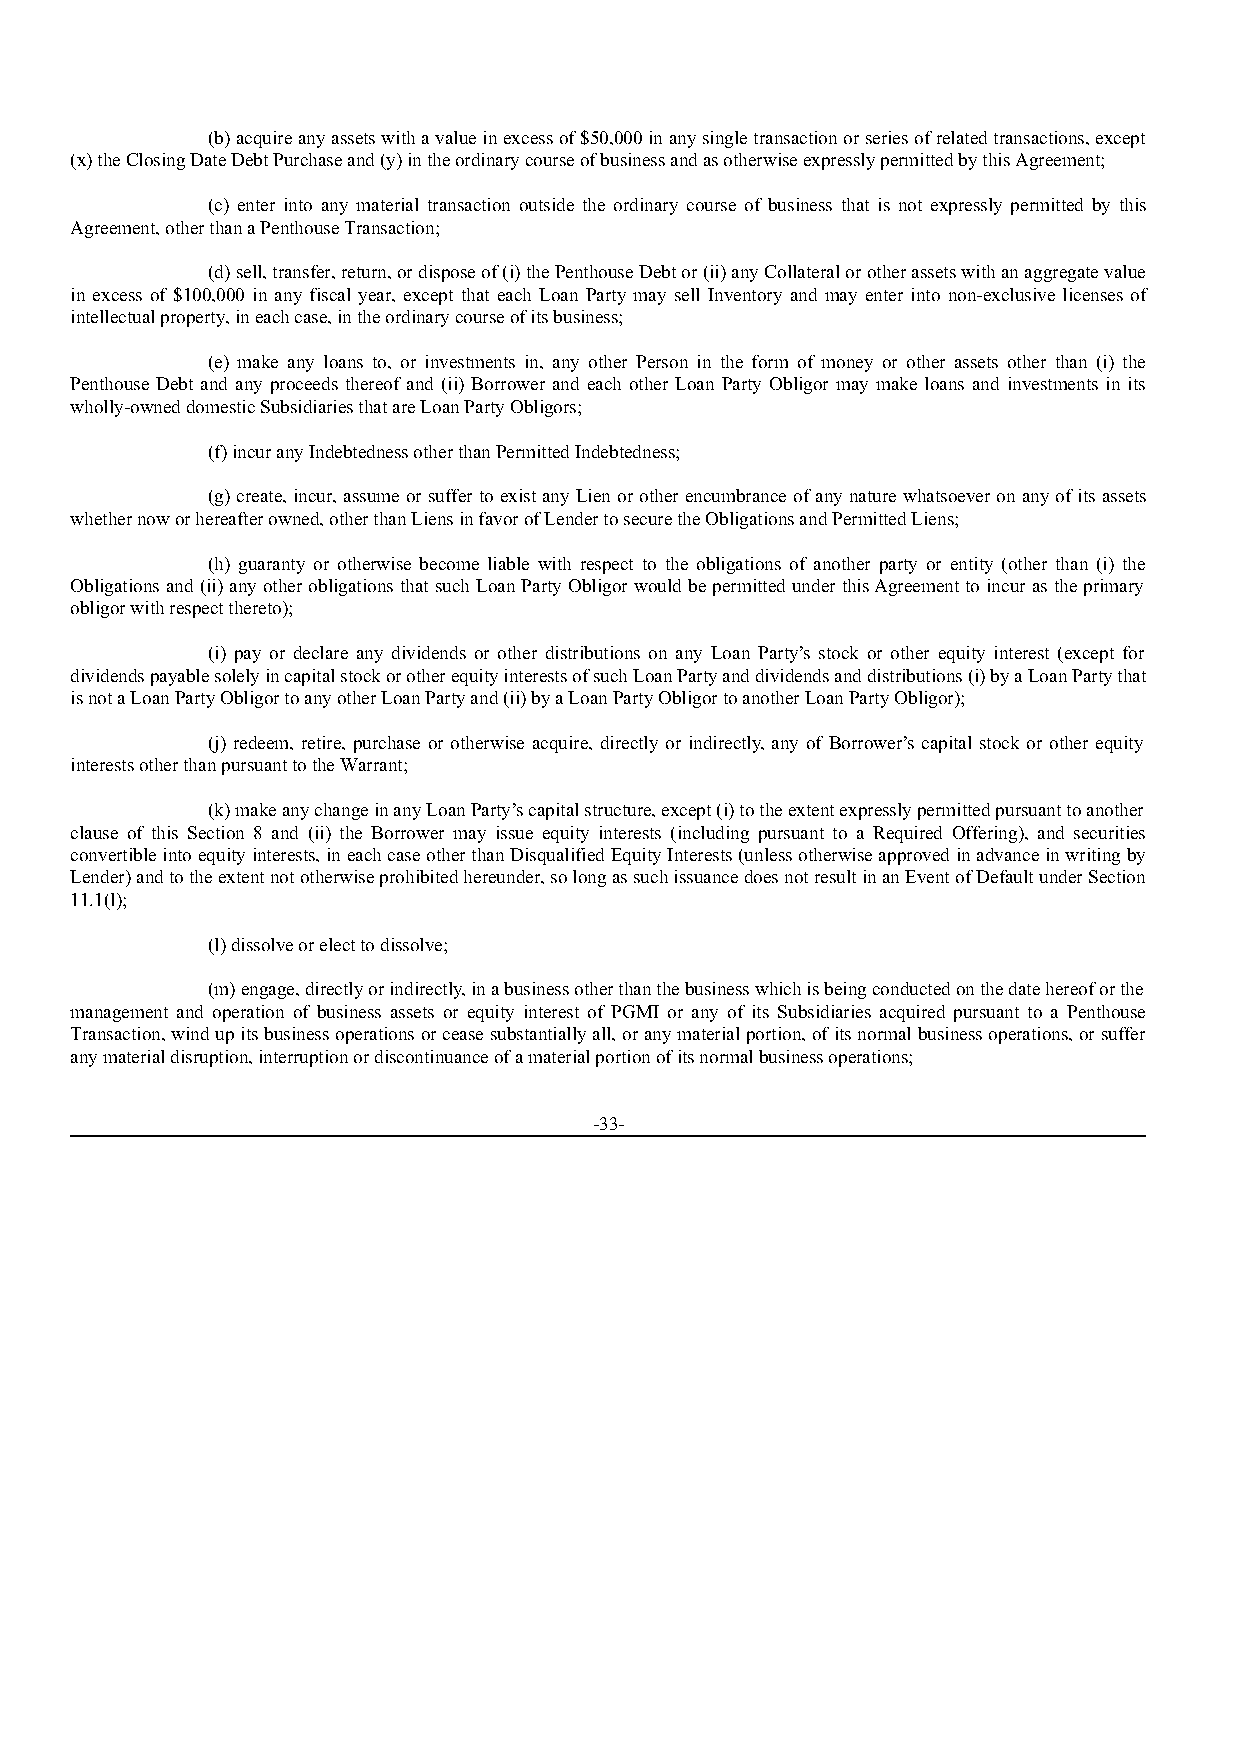
(b) acquire any assets with a value in excess of $50,000 in any single transaction or series of related transactions, except
 (x) the Closing Date Debt Purchase and (y) in the ordinary course of business and as otherwise expressly permitted by this Agreement;
 (c) enter into any material transaction outside the ordinary course of business that is not expressly permitted by this
 Agreement, other than a Penthouse Transaction;
 (d) sell, transfer, return, or dispose of (i) the Penthouse Debt or (ii) any Collateral or other assets with an aggregate value
 in excess of $100,000 in any fiscal year, except that each Loan Party may sell Inventory and may enter into non-exclusive licenses of
 intellectual property, in each case, in the ordinary course of its business;
 (e) make any loans to, or investments in, any other Person in the form of money or other assets other than (i) the
 Penthouse Debt and any proceeds thereof and (ii) Borrower and each other Loan Party Obligor may make loans and investments in its
 wholly-owned domestic Subsidiaries that are Loan Party Obligors;
 (f) incur any Indebtedness other than Permitted Indebtedness;
 (g) create, incur, assume or suffer to exist any Lien or other encumbrance of any nature whatsoever on any of its assets
 whether now or hereafter owned, other than Liens in favor of Lender to secure the Obligations and Permitted Liens;
 (h) guaranty or otherwise become liable with respect to the obligations of another party or entity (other than (i) the
 Obligations and (ii) any other obligations that such Loan Party Obligor would be permitted under this Agreement to incur as the primary
 obligor with respect thereto);
 (i) pay or declare any dividends or other distributions on any Loan Party’s stock or other equity interest (except for
 dividends payable solely in capital stock or other equity interests of such Loan Party and dividends and distributions (i) by a Loan Party that
 is not a Loan Party Obligor to any other Loan Party and (ii) by a Loan Party Obligor to another Loan Party Obligor);
 (j) redeem, retire, purchase or otherwise acquire, directly or indirectly, any of Borrower’s capital stock or other equity
 interests other than pursuant to the Warrant;
 (k) make any change in any Loan Party’s capital structure, except (i) to the extent expressly permitted pursuant to another
 clause of this Section 8 and (ii) the Borrower may issue equity interests (including pursuant to a Required Offering), and securities
 convertible into equity interests, in each case other than Disqualified Equity Interests (unless otherwise approved in advance in writing by
 Lender) and to the extent not otherwise prohibited hereunder, so long as such issuance does not result in an Event of Default under Section
 11.1(l);
 (l) dissolve or elect to dissolve;
 (m) engage, directly or indirectly, in a business other than the business which is being conducted on the date hereof or the
 management and operation of business assets or equity interest of PGMI or any of its Subsidiaries acquired pursuant to a Penthouse
 Transaction, wind up its business operations or cease substantially all, or any material portion, of its normal business operations, or suffer
 any material disruption, interruption or discontinuance of a material portion of its normal business operations;
 -33-